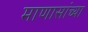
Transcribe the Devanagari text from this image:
माणासांच्या